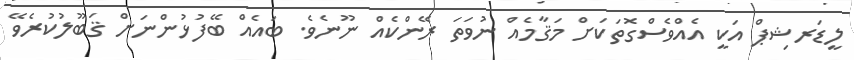
ލީޑަރޝިޕް އަކީ އެއްވެސްގޮތަކަށް މަޤާމެއް ނުވަތަ ރޭންކެއް ނޫނެވެ. ބައެއް ބޭފުޅުންނަށް ޤަބޫލުކުރެވޭ